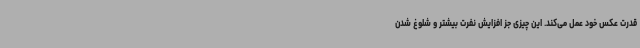
قدرت عکس خود عمل می‌کند. این چیزی جز افزایش نفرت بیشتر و شلوغ شدن